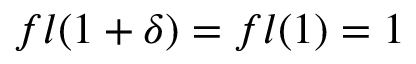
f l ( 1 + \delta ) = f l ( 1 ) = 1